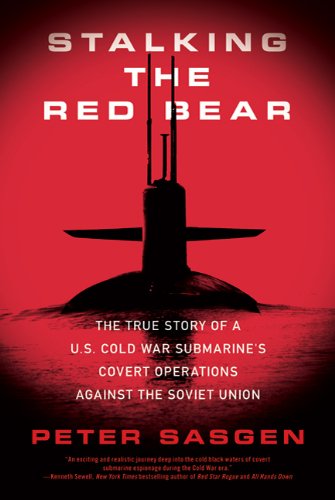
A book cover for Stalking the Red Bear: The True Story of a U.S. Cold War Submarine's Covert Operations Against the Soviet Union; Peter Sasgen; History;